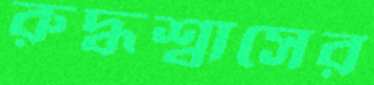
রুদ্ধশ্বাসের